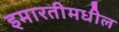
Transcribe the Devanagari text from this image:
इमारतीमधील